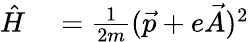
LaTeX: \begin{array}{rl}{\hat{H}}&{{}=\frac{1}{2m}(\vec{p}+e\vec{A})^{2}}\end{array}